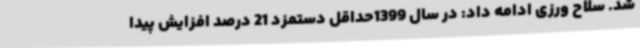
شد. سلاح ورزی ادامه داد: در سال 1399حداقل دستمزد 21 درصد افزایش پیدا